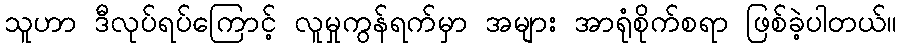
သူဟာ ဒီလုပ်ရပ်ကြောင့် လူမှုကွန်ရက်မှာ အများ အာရုံစိုက်စရာ ဖြစ်ခဲ့ပါတယ်။